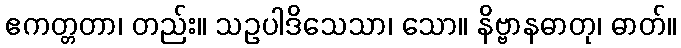
ဧကတ္တတာ၊ တည်း။ သဥပါဒိသေသာ၊ သော။ နိဗ္ဗာနဓာတု၊ ဓာတ်။